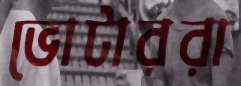
ভোটাররা